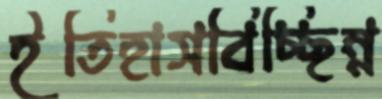
ইতিহাসবিচ্ছিন্ন